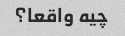
چیه واقعا؟